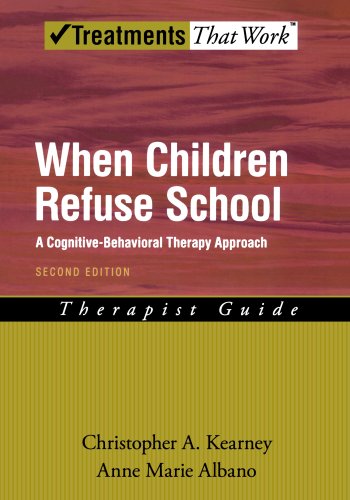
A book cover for When Children Refuse School: A Cognitive-Behavioral Therapy Approach Therapist Guide (Treatments That Work); Christopher A. Kearney; Parenting & Relationships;